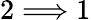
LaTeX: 2\Longrightarrow 1